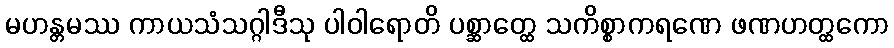
မဟန္တမဿ ကာယသံသဂ္ဂါဒီသု ပါဝါရောတိ ပစ္ဆာတ္ထေ သကိစ္စာကရဏေ ဖဏဟတ္ထကော